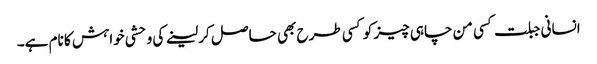
انسانی جبلت کسی من چاہی چیز کو کسی طرح بھی حاصل کر لینے کی وحشی خواہش کا نام ہے۔